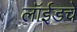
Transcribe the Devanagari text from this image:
लॉईडचे